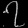
Digit: ၇